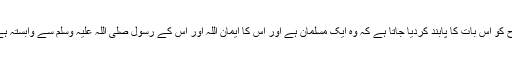
مطلب روحانی طور پر اس کی روح کو اس بات کا پابند کردیا جاتا ہے کہ وہ ایک مسلمان ہے اور اس کا ایمان اللہ اور اس کے رسول صلی اللہ علیہ وسلم سے وابستہ ہے تو گویا اس ناطے وہ مسلمان ہے۔